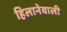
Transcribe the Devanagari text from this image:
हिलानेवाली